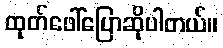
ထုတ်ဖေါ်ပြောဆိုပါတယ်။